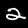
Label: 2